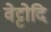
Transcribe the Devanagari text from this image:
वेट्टोदि